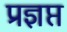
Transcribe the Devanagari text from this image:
प्रज्ञप्त